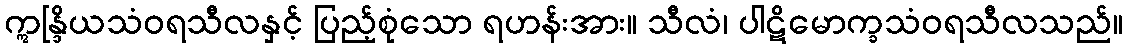
ဣန္ဒြိယသံဝရသီလနှင့် ပြည့်စုံသော ရဟန်းအား။ သီလံ၊ ပါဋိမောက္ခသံဝရသီလသည်။